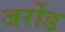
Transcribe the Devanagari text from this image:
जर्रोड